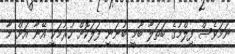
ނަމަވެސް ފިލްމުގެ ބަތަލާ ބޫމީ ބުނަނީ ފަލަކޮށް ހުރުމަކީ އޭނާ އަށް މާ